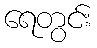
ရေတွင်း